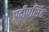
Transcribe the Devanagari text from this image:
प्रदीपसिंह